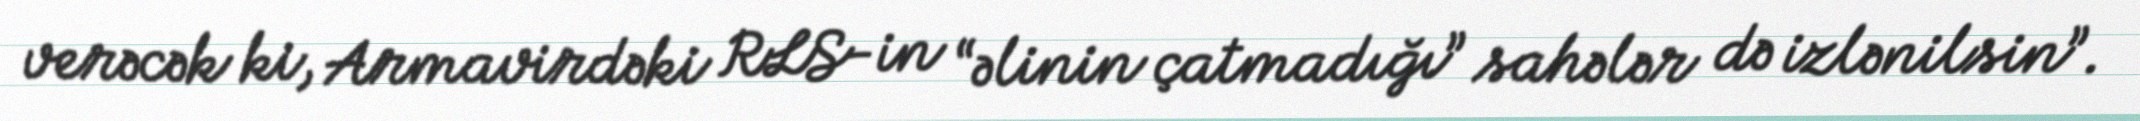
verəcək ki, Armavirdəki RLS-in “əlinin çatmadığı” sahələr də izlənilsin”.